Riigikantselei, lk 13
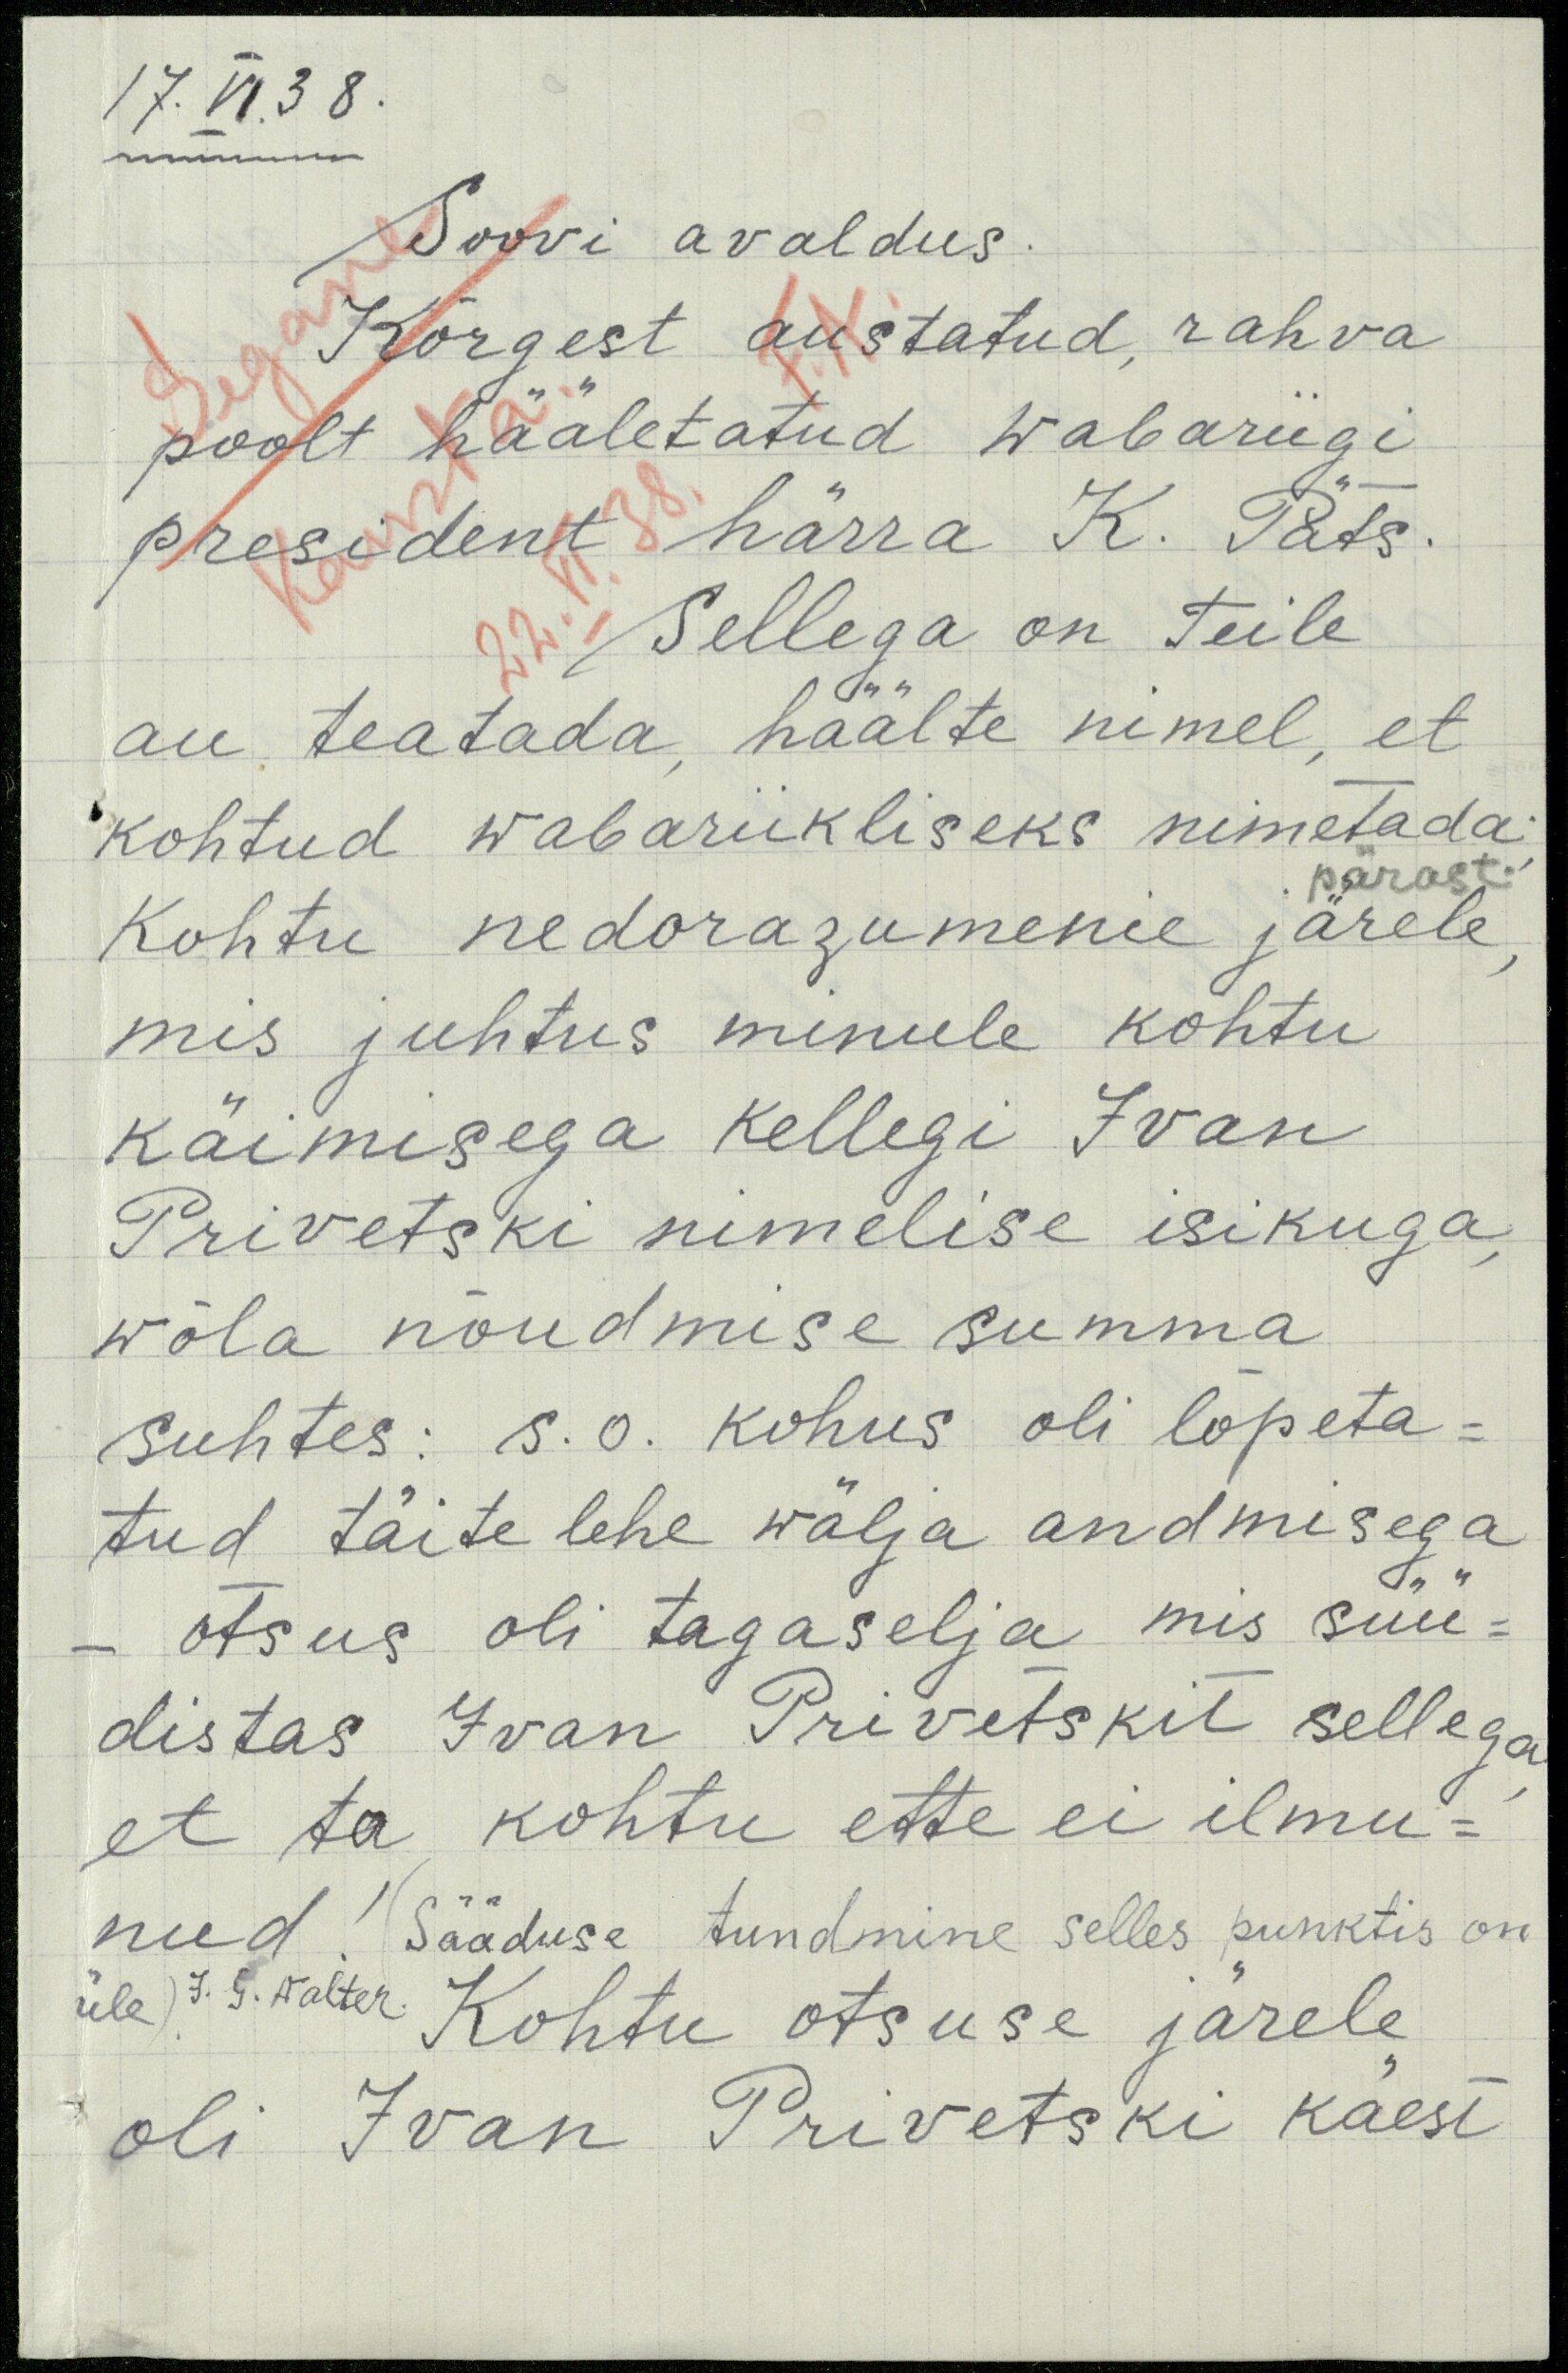
17.VI.38.
Soovi avaldus
Kõrgest austatud, rahva
poolt hääletatud Wabariigi
President härra K. Päts.
Sellega on Teile
au teatada häälte nimel, et
kohtud wabariikliseks nimetada;
pärast.
Kohtu nedorazumenie järele
mis juhtus minule kohtu
käimisega kellegi Ivan
Privetski nimelise isikuga,
wõla nõudmise summa
suhtes: s.o. kohus oli lõpeta-
tud täite lehe wälja andmisega
- otsus oli tagaselja mis süü-
distas Ivan Privetskit sellega,
et ta kohtu ette ei ilmu-
nud. (Sääduse tundmine selles punktis on
üle) J. G. Walter. Kohtu otsuse järele
oli Ivan Privetski käest